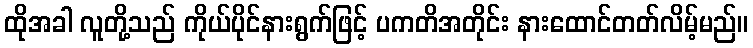
ထိုအခါ လူတို့သည် ကိုယ်ပိုင်နားရွက်ဖြင့် ပကတိအတိုင်း နားထောင်တတ်လိမ့်မည်။